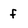
Character: f